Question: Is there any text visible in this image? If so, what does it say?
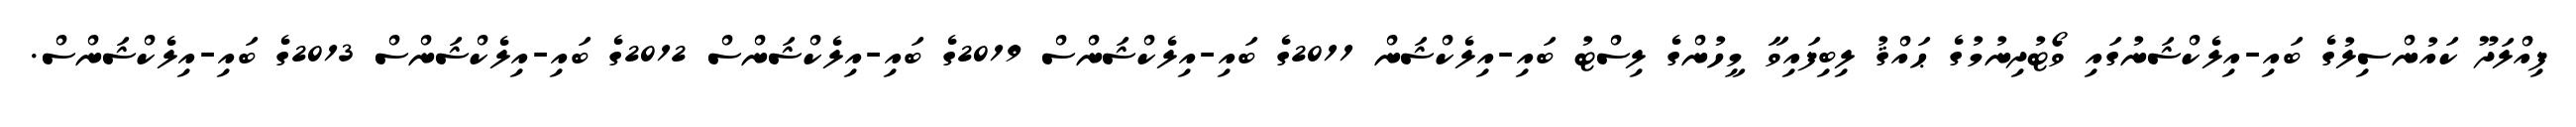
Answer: ފިއްލަދޫ ކައުންސިލުގެ ބައި-އިލެކްޝަނުގައި ވޯޓުދިނުމުގެ ޙައްޤު ލިބިފައިވާ މީހުންގެ ލިސްޓު ބައި-އިލެކްޝަން 2011ގެ ބައި-އިލެކްޝަންސް 2019ގެ ބައި-އިލެކްޝަންސް 2012ގެ ބައި-އިލެކްޝަންސް 2013ގެ ބައި-އިލެކްޝަންސް.